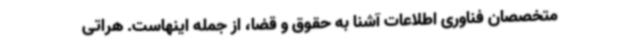
متخصصان فناوری اطلاعات آشنا به حقوق و قضا، از جمله اینهاست. هراتی